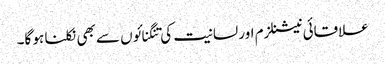
علاقائی نیشنلزم اور لسانیت کی تنگنائوں سے بھی نکلنا ہو گا۔